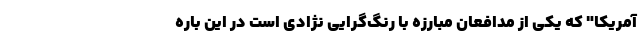
آمریکا" که یکی از مدافعان مبارزه با رنگ‌گرایی نژادی است در این باره